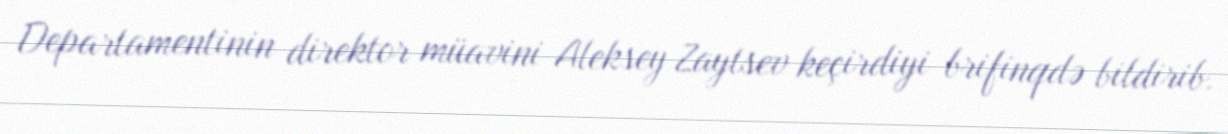
Departamentinin direktor müavini Aleksey Zaytsev keçirdiyi brifinqdə bildirib.